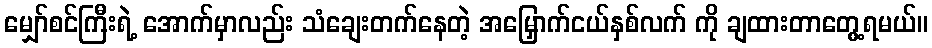
မျှော်စင်ကြီးရဲ့ အောက်မှာလည်း သံချေးတက်နေတဲ့ အမြှောက်ငယ်နှစ်လက် ကို ချထားတာတွေ့ရမယ်။